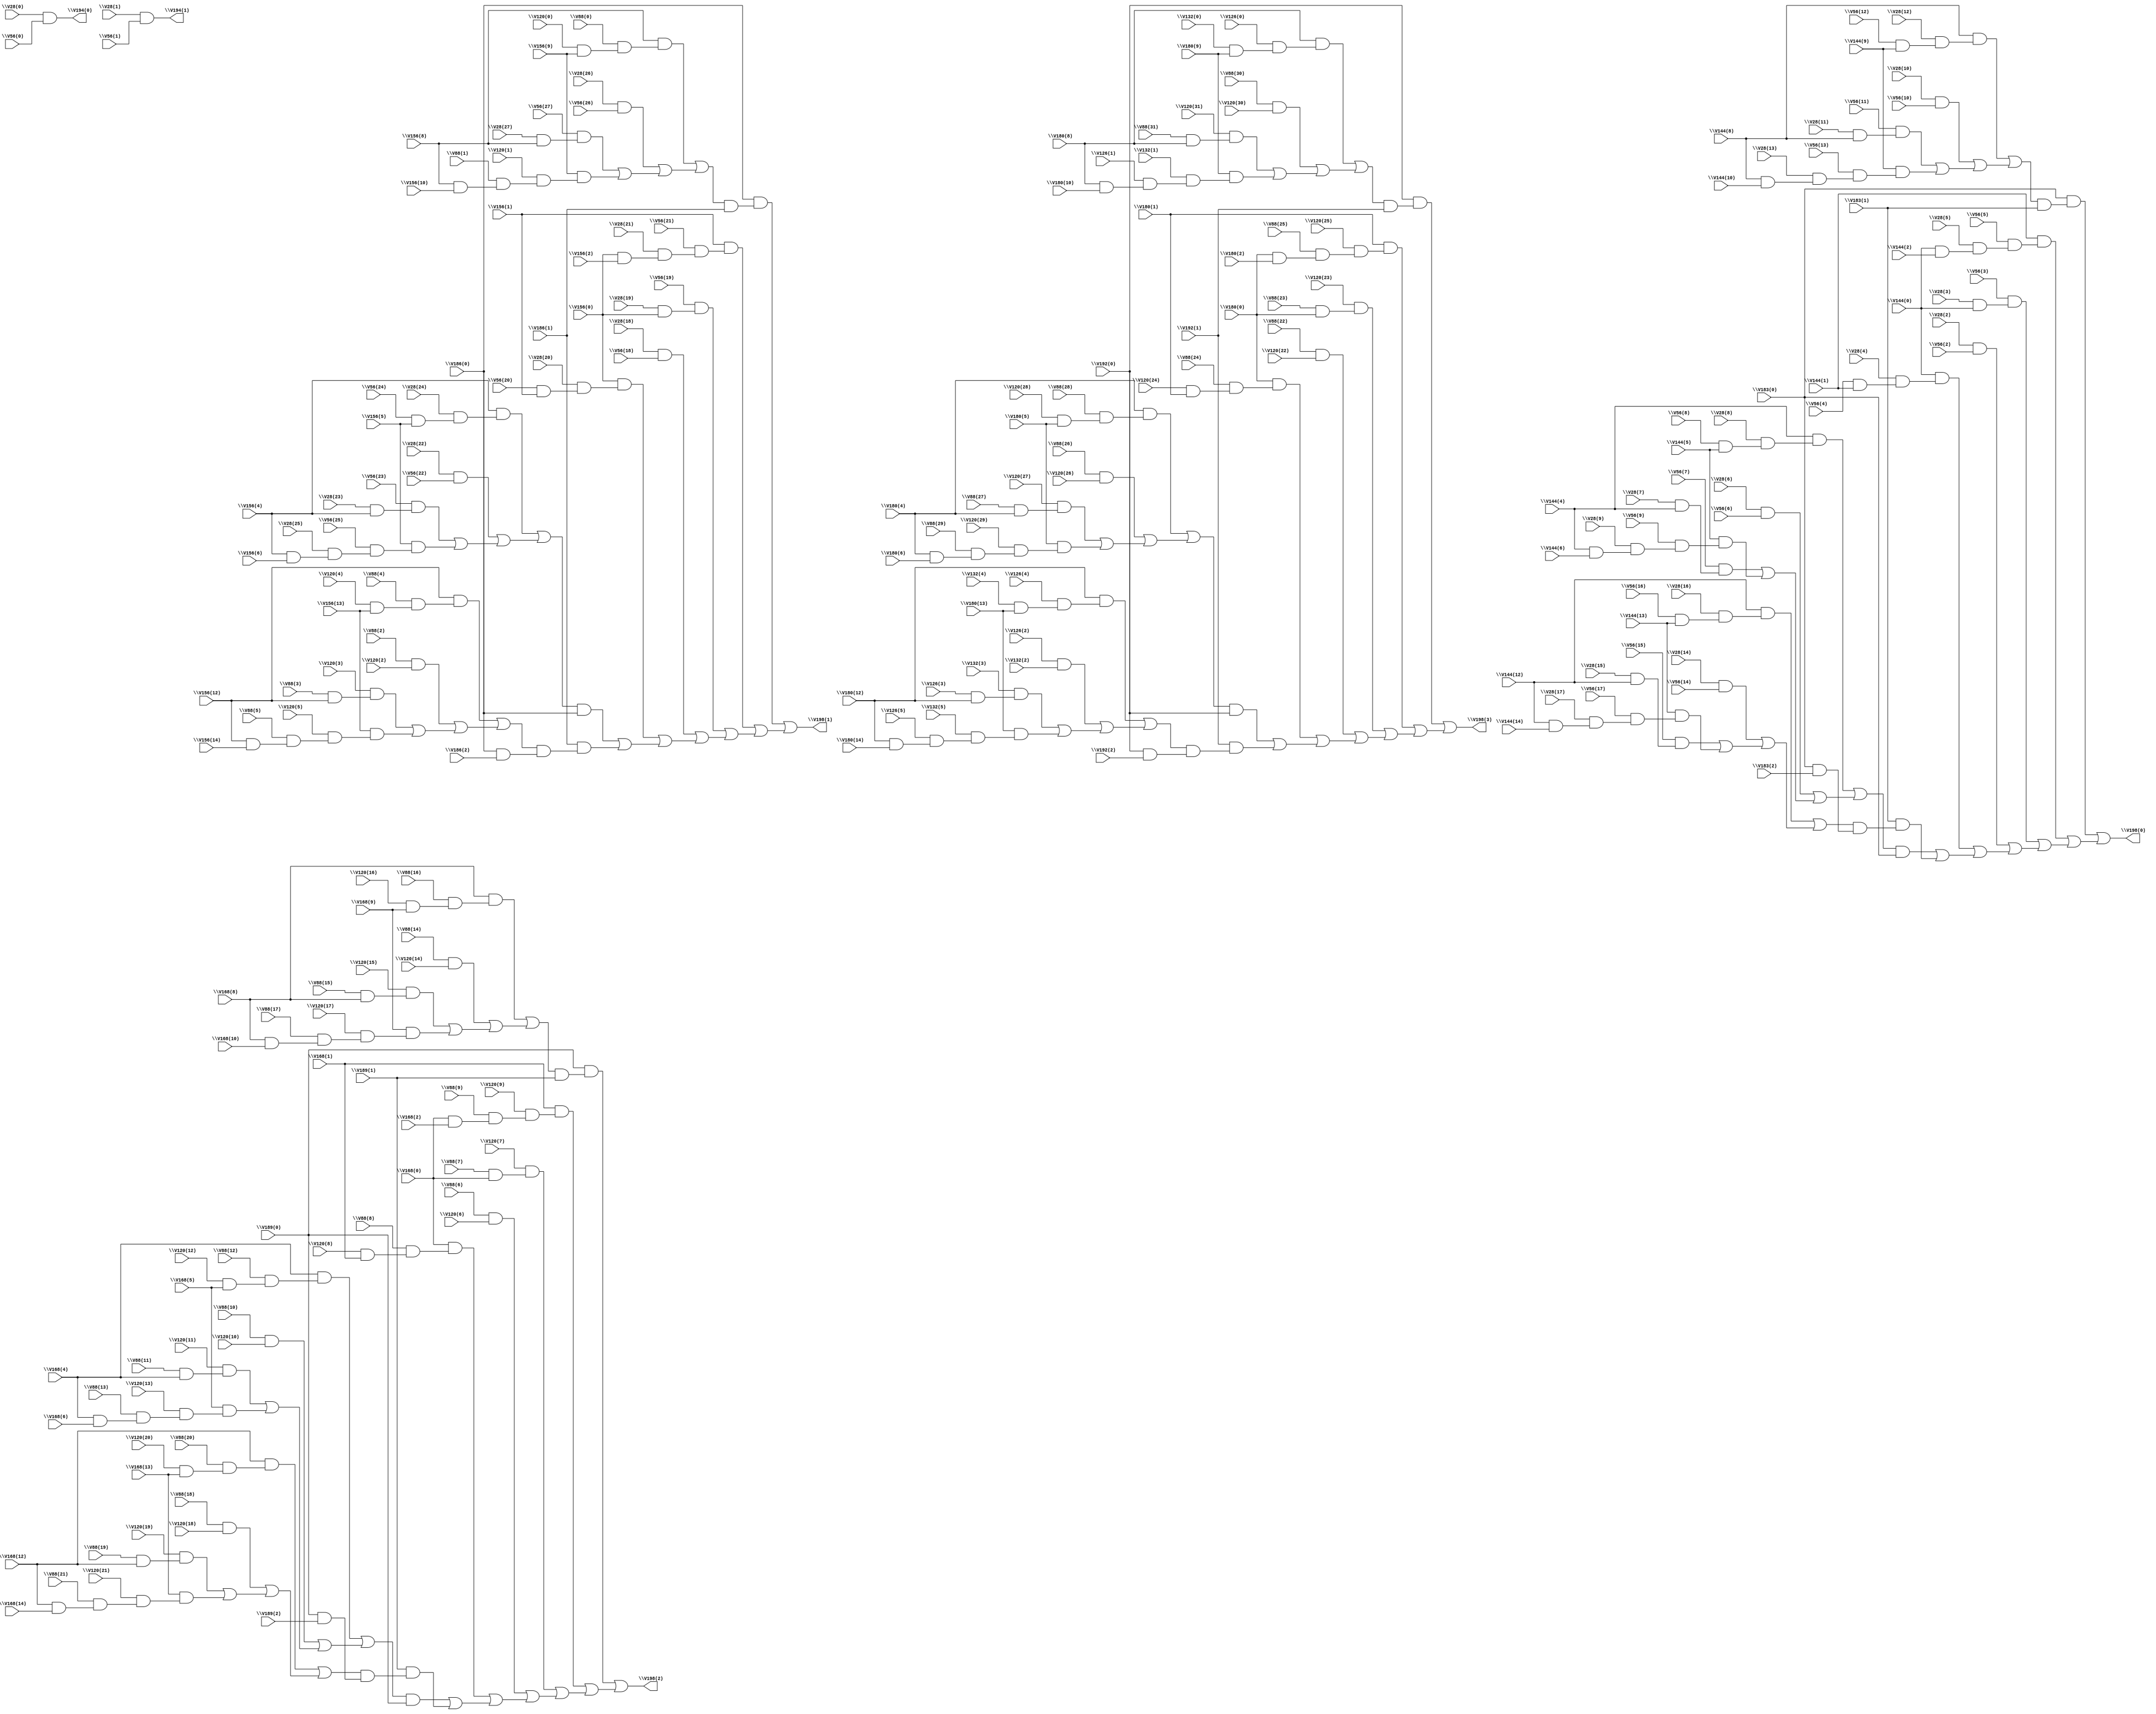
// IWLS benchmark module "i4" printed on Wed May 29 16:38:48 2002
module i4(\V56(0) , \V28(0) , \V56(1) , \V28(1) , \V56(2) , \V28(2) , \V56(6) , \V28(6) , \V56(10) , \V28(10) , \V56(14) , \V28(14) , \V56(18) , \V28(18) , \V56(22) , \V28(22) , \V56(26) , \V28(26) , \V120(2) , \V88(2) , \V120(6) , \V88(6) , \V120(10) , \V88(10) , \V120(14) , \V88(14) , \V120(18) , \V88(18) , \V120(22) , \V88(22) , \V120(26) , \V88(26) , \V120(30) , \V88(30) , \V132(2) , \V126(2) , \V144(0) , \V28(3) , \V56(3) , \V144(1) , \V56(4) , \V28(4) , \V144(2) , \V28(5) , \V56(5) , \V144(4) , \V28(7) , \V56(7) , \V144(5) , \V56(8) , \V28(8) , \V144(6) , \V28(9) , \V56(9) , \V144(8) , \V28(11) , \V56(11) , \V144(9) , \V56(12) , \V28(12) , \V144(10) , \V28(13) , \V56(13) , \V144(12) , \V28(15) , \V56(15) , \V144(13) , \V56(16) , \V28(16) , \V144(14) , \V28(17) , \V56(17) , \V156(0) , \V28(19) , \V56(19) , \V156(1) , \V56(20) , \V28(20) , \V156(2) , \V28(21) , \V56(21) , \V156(4) , \V28(23) , \V56(23) , \V156(5) , \V56(24) , \V28(24) , \V156(6) , \V28(25) , \V56(25) , \V156(8) , \V28(27) , \V56(27) , \V156(9) , \V120(0) , \V88(0) , \V156(10) , \V88(1) , \V120(1) , \V156(12) , \V88(3) , \V120(3) , \V156(13) , \V120(4) , \V88(4) , \V156(14) , \V88(5) , \V120(5) , \V168(0) , \V88(7) , \V120(7) , \V168(1) , \V120(8) , \V88(8) , \V168(2) , \V88(9) , \V120(9) , \V168(4) , \V88(11) , \V120(11) , \V168(5) , \V120(12) , \V88(12) , \V168(6) , \V88(13) , \V120(13) , \V168(8) , \V88(15) , \V120(15) , \V168(9) , \V120(16) , \V88(16) , \V168(10) , \V88(17) , \V120(17) , \V168(12) , \V88(19) , \V120(19) , \V168(13) , \V120(20) , \V88(20) , \V168(14) , \V88(21) , \V120(21) , \V180(0) , \V88(23) , \V120(23) , \V180(1) , \V120(24) , \V88(24) , \V180(2) , \V88(25) , \V120(25) , \V180(4) , \V88(27) , \V120(27) , \V180(5) , \V120(28) , \V88(28) , \V180(6) , \V88(29) , \V120(29) , \V180(8) , \V88(31) , \V120(31) , \V180(9) , \V132(0) , \V126(0) , \V180(10) , \V126(1) , \V132(1) , \V180(12) , \V126(3) , \V132(3) , \V180(13) , \V132(4) , \V126(4) , \V180(14) , \V126(5) , \V132(5) , \V183(0) , \V183(1) , \V183(2) , \V186(0) , \V186(1) , \V186(2) , \V189(0) , \V189(1) , \V189(2) , \V192(0) , \V192(1) , \V192(2) , \V194(0) , \V194(1) , \V198(0) , \V198(1) , \V198(2) , \V198(3) );
input
  \V186(2) ,
  \V88(11) ,
  \V88(10) ,
  \V186(1) ,
  \V144(10) ,
  \V186(0) ,
  \V144(13) ,
  \V88(17) ,
  \V144(12) ,
  \V88(16) ,
  \V88(19) ,
  \V144(14) ,
  \V180(10) ,
  \V88(18) ,
  \V180(13) ,
  \V88(23) ,
  \V126(3) ,
  \V180(12) ,
  \V56(0) ,
  \V88(22) ,
  \V126(2) ,
  \V56(13) ,
  \V56(1) ,
  \V88(25) ,
  \V126(5) ,
  \V56(12) ,
  \V180(14) ,
  \V56(2) ,
  \V88(24) ,
  \V126(4) ,
  \V56(15) ,
  \V56(3) ,
  \V56(14) ,
  \V56(4) ,
  \V56(5) ,
  \V88(21) ,
  \V126(1) ,
  \V56(6) ,
  \V88(20) ,
  \V126(0) ,
  \V56(11) ,
  \V56(7) ,
  \V189(2) ,
  \V56(10) ,
  \V56(8) ,
  \V56(9) ,
  \V88(27) ,
  \V88(26) ,
  \V189(1) ,
  \V56(17) ,
  \V88(29) ,
  \V189(0) ,
  \V56(16) ,
  \V88(28) ,
  \V56(19) ,
  \V56(18) ,
  \V56(23) ,
  \V56(22) ,
  \V56(25) ,
  \V56(24) ,
  \V88(31) ,
  \V88(30) ,
  \V56(21) ,
  \V56(20) ,
  \V56(27) ,
  \V56(26) ,
  \V120(27) ,
  \V120(26) ,
  \V120(29) ,
  \V120(28) ,
  \V168(10) ,
  \V168(2) ,
  \V168(13) ,
  \V168(5) ,
  \V168(12) ,
  \V168(4) ,
  \V120(21) ,
  \V120(20) ,
  \V168(14) ,
  \V120(23) ,
  \V28(13) ,
  \V168(1) ,
  \V120(22) ,
  \V28(12) ,
  \V168(0) ,
  \V120(25) ,
  \V28(15) ,
  \V120(24) ,
  \V28(14) ,
  \V120(17) ,
  \V120(16) ,
  \V156(2) ,
  \V120(19) ,
  \V28(11) ,
  \V156(5) ,
  \V120(18) ,
  \V28(10) ,
  \V168(6) ,
  \V156(4) ,
  \V168(9) ,
  \V168(8) ,
  \V156(1) ,
  \V156(0) ,
  \V28(17) ,
  \V28(16) ,
  \V192(2) ,
  \V120(11) ,
  \V28(19) ,
  \V120(10) ,
  \V28(18) ,
  \V144(2) ,
  \V120(13) ,
  \V28(23) ,
  \V144(5) ,
  \V120(12) ,
  \V28(22) ,
  \V156(6) ,
  \V144(4) ,
  \V120(15) ,
  \V88(0) ,
  \V28(25) ,
  \V156(9) ,
  \V192(1) ,
  \V120(14) ,
  \V88(1) ,
  \V28(24) ,
  \V156(8) ,
  \V192(0) ,
  \V88(2) ,
  \V144(1) ,
  \V88(3) ,
  \V144(0) ,
  \V88(4) ,
  \V28(21) ,
  \V88(5) ,
  \V28(20) ,
  \V180(2) ,
  \V88(6) ,
  \V132(3) ,
  \V180(5) ,
  \V88(7) ,
  \V132(2) ,
  \V180(4) ,
  \V88(8) ,
  \V132(5) ,
  \V88(9) ,
  \V144(6) ,
  \V132(4) ,
  \V28(27) ,
  \V144(9) ,
  \V180(1) ,
  \V28(26) ,
  \V144(8) ,
  \V180(0) ,
  \V28(0) ,
  \V132(1) ,
  \V156(10) ,
  \V28(1) ,
  \V132(0) ,
  \V156(13) ,
  \V28(2) ,
  \V156(12) ,
  \V28(3) ,
  \V28(4) ,
  \V120(3) ,
  \V156(14) ,
  \V28(5) ,
  \V180(6) ,
  \V120(2) ,
  \V28(6) ,
  \V180(9) ,
  \V120(5) ,
  \V28(7) ,
  \V180(8) ,
  \V120(4) ,
  \V28(8) ,
  \V28(9) ,
  \V120(1) ,
  \V120(0) ,
  \V183(2) ,
  \V120(31) ,
  \V120(7) ,
  \V120(30) ,
  \V120(6) ,
  \V183(1) ,
  \V120(9) ,
  \V183(0) ,
  \V120(8) ,
  \V88(13) ,
  \V88(12) ,
  \V88(15) ,
  \V88(14) ;
output
  \V194(1) ,
  \V194(0) ,
  \V198(3) ,
  \V198(2) ,
  \V198(1) ,
  \V198(0) ;
wire
  \[0] ,
  \[1] ,
  \[2] ,
  \[3] ,
  \[4] ,
  \[5] ,
  V199,
  \V274(3) ,
  \V274(2) ,
  \V274(1) ,
  V200,
  V201,
  V202,
  V203,
  V204,
  V205,
  V206,
  V207,
  V208,
  V209,
  V210,
  V211,
  V212,
  V213,
  V214,
  V215,
  V216,
  V217,
  V218,
  V219,
  V220,
  V221,
  V222,
  V223,
  V224,
  V225,
  V226,
  V230,
  V231,
  V232,
  V233,
  V234,
  V235,
  V236,
  V237,
  V238,
  V239,
  V240,
  V241,
  V245,
  V246,
  V247,
  V248,
  V249,
  V250,
  V251,
  V252,
  V253,
  V254,
  V255,
  V256,
  V260,
  V261,
  V262,
  V263,
  V264,
  V265,
  V266,
  V267,
  V268,
  V269,
  V270,
  V271,
  V275,
  V276,
  V277,
  V278,
  V279,
  V280,
  V281,
  V282,
  V283,
  V284,
  V285,
  V286,
  \V229(3) ,
  \V229(2) ,
  \V229(1) ,
  \V244(3) ,
  \V244(2) ,
  \V244(1) ,
  \V259(3) ,
  \V259(2) ,
  \V259(1) ;
assign
  \[0]  = \V28(0)  & \V56(0) ,
  \[1]  = \V28(1)  & \V56(1) ,
  \[2]  = V276 | (V217 | (V215 | (V199 | (V216 | (V275 | V277))))),
  \[3]  = V279 | (V232 | (V230 | (V203 | (V231 | (V278 | V280))))),
  \[4]  = V282 | (V247 | (V245 | (V207 | (V246 | (V281 | V283))))),
  \[5]  = V285 | (V262 | (V260 | (V211 | (V261 | (V284 | V286))))),
  V199 = \V28(2)  & \V56(2) ,
  \V274(3)  = V270 | (V214 | (V269 | V271)),
  \V274(2)  = V267 | (V213 | (V266 | V268)),
  \V274(1)  = V264 | (V212 | (V263 | V265)),
  V200 = \V28(6)  & \V56(6) ,
  V201 = \V28(10)  & \V56(10) ,
  V202 = \V28(14)  & \V56(14) ,
  V203 = \V28(18)  & \V56(18) ,
  V204 = \V28(22)  & \V56(22) ,
  V205 = \V28(26)  & \V56(26) ,
  V206 = \V88(2)  & \V120(2) ,
  V207 = \V88(6)  & \V120(6) ,
  V208 = \V88(10)  & \V120(10) ,
  V209 = \V88(14)  & \V120(14) ,
  V210 = \V88(18)  & \V120(18) ,
  V211 = \V88(22)  & \V120(22) ,
  V212 = \V88(26)  & \V120(26) ,
  V213 = \V88(30)  & \V120(30) ,
  V214 = \V126(2)  & \V132(2) ,
  V215 = \V56(3)  & (\V28(3)  & \V144(0) ),
  V216 = \V144(0)  & (\V28(4)  & (\V56(4)  & \V144(1) )),
  V217 = \V144(1)  & (\V56(5)  & (\V28(5)  & (\V144(0)  & \V144(2) ))),
  V218 = \V56(7)  & (\V28(7)  & \V144(4) ),
  V219 = \V144(4)  & (\V28(8)  & (\V56(8)  & \V144(5) )),
  V220 = \V144(5)  & (\V56(9)  & (\V28(9)  & (\V144(4)  & \V144(6) ))),
  V221 = \V56(11)  & (\V28(11)  & \V144(8) ),
  V222 = \V144(8)  & (\V28(12)  & (\V56(12)  & \V144(9) )),
  V223 = \V144(9)  & (\V56(13)  & (\V28(13)  & (\V144(8)  & \V144(10) ))),
  V224 = \V56(15)  & (\V28(15)  & \V144(12) ),
  V225 = \V144(12)  & (\V28(16)  & (\V56(16)  & \V144(13) )),
  V226 = \V144(13)  & (\V56(17)  & (\V28(17)  & (\V144(12)  & \V144(14) ))),
  V230 = \V56(19)  & (\V28(19)  & \V156(0) ),
  V231 = \V156(0)  & (\V28(20)  & (\V56(20)  & \V156(1) )),
  V232 = \V156(1)  & (\V56(21)  & (\V28(21)  & (\V156(0)  & \V156(2) ))),
  V233 = \V56(23)  & (\V28(23)  & \V156(4) ),
  V234 = \V156(4)  & (\V28(24)  & (\V56(24)  & \V156(5) )),
  V235 = \V156(5)  & (\V56(25)  & (\V28(25)  & (\V156(4)  & \V156(6) ))),
  V236 = \V56(27)  & (\V28(27)  & \V156(8) ),
  V237 = \V156(8)  & (\V88(0)  & (\V120(0)  & \V156(9) )),
  V238 = \V156(9)  & (\V120(1)  & (\V88(1)  & (\V156(8)  & \V156(10) ))),
  V239 = \V120(3)  & (\V88(3)  & \V156(12) ),
  V240 = \V156(12)  & (\V88(4)  & (\V120(4)  & \V156(13) )),
  V241 = \V156(13)  & (\V120(5)  & (\V88(5)  & (\V156(12)  & \V156(14) ))),
  V245 = \V120(7)  & (\V88(7)  & \V168(0) ),
  V246 = \V168(0)  & (\V88(8)  & (\V120(8)  & \V168(1) )),
  V247 = \V168(1)  & (\V120(9)  & (\V88(9)  & (\V168(0)  & \V168(2) ))),
  V248 = \V120(11)  & (\V88(11)  & \V168(4) ),
  V249 = \V168(4)  & (\V88(12)  & (\V120(12)  & \V168(5) )),
  V250 = \V168(5)  & (\V120(13)  & (\V88(13)  & (\V168(4)  & \V168(6) ))),
  V251 = \V120(15)  & (\V88(15)  & \V168(8) ),
  V252 = \V168(8)  & (\V88(16)  & (\V120(16)  & \V168(9) )),
  V253 = \V168(9)  & (\V120(17)  & (\V88(17)  & (\V168(8)  & \V168(10) ))),
  V254 = \V120(19)  & (\V88(19)  & \V168(12) ),
  V255 = \V168(12)  & (\V88(20)  & (\V120(20)  & \V168(13) )),
  V256 = \V168(13)  & (\V120(21)  & (\V88(21)  & (\V168(12)  & \V168(14) ))),
  V260 = \V120(23)  & (\V88(23)  & \V180(0) ),
  V261 = \V180(0)  & (\V88(24)  & (\V120(24)  & \V180(1) )),
  V262 = \V180(1)  & (\V120(25)  & (\V88(25)  & (\V180(0)  & \V180(2) ))),
  V263 = \V120(27)  & (\V88(27)  & \V180(4) ),
  V264 = \V180(4)  & (\V88(28)  & (\V120(28)  & \V180(5) )),
  V265 = \V180(5)  & (\V120(29)  & (\V88(29)  & (\V180(4)  & \V180(6) ))),
  V266 = \V120(31)  & (\V88(31)  & \V180(8) ),
  V267 = \V180(8)  & (\V126(0)  & (\V132(0)  & \V180(9) )),
  V268 = \V180(9)  & (\V132(1)  & (\V126(1)  & (\V180(8)  & \V180(10) ))),
  V269 = \V132(3)  & (\V126(3)  & \V180(12) ),
  V270 = \V180(12)  & (\V126(4)  & (\V132(4)  & \V180(13) )),
  V271 = \V180(13)  & (\V132(5)  & (\V126(5)  & (\V180(12)  & \V180(14) ))),
  V275 = \V229(1)  & \V183(0) ,
  V276 = \V183(0)  & (\V229(2)  & \V183(1) ),
  V277 = \V183(1)  & (\V229(3)  & (\V183(0)  & \V183(2) )),
  V278 = \V244(1)  & \V186(0) ,
  V279 = \V186(0)  & (\V244(2)  & \V186(1) ),
  V280 = \V186(1)  & (\V244(3)  & (\V186(0)  & \V186(2) )),
  V281 = \V259(1)  & \V189(0) ,
  V282 = \V189(0)  & (\V259(2)  & \V189(1) ),
  V283 = \V189(1)  & (\V259(3)  & (\V189(0)  & \V189(2) )),
  V284 = \V274(1)  & \V192(0) ,
  V285 = \V192(0)  & (\V274(2)  & \V192(1) ),
  V286 = \V192(1)  & (\V274(3)  & (\V192(0)  & \V192(2) )),
  \V229(3)  = V225 | (V202 | (V224 | V226)),
  \V229(2)  = V222 | (V201 | (V221 | V223)),
  \V229(1)  = V219 | (V200 | (V218 | V220)),
  \V244(3)  = V240 | (V206 | (V239 | V241)),
  \V244(2)  = V237 | (V205 | (V236 | V238)),
  \V244(1)  = V234 | (V204 | (V233 | V235)),
  \V194(1)  = \[1] ,
  \V194(0)  = \[0] ,
  \V259(3)  = V255 | (V210 | (V254 | V256)),
  \V259(2)  = V252 | (V209 | (V251 | V253)),
  \V259(1)  = V249 | (V208 | (V248 | V250)),
  \V198(3)  = \[5] ,
  \V198(2)  = \[4] ,
  \V198(1)  = \[3] ,
  \V198(0)  = \[2] ;
endmodule